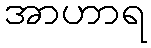
အာဟာရ